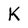
Character: K